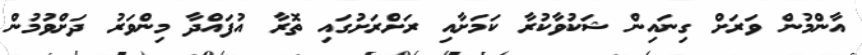
އާންމުން ވަރަށް ގިނައިން ޝަކުވާކުރާ ކަމަށާއި ރަށްރަށުގައި ތޮރާ އުފައްދާ މިންވަރު ދަށްވުމުން